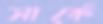
সার্কে